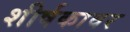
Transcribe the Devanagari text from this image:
शीर्षकावर